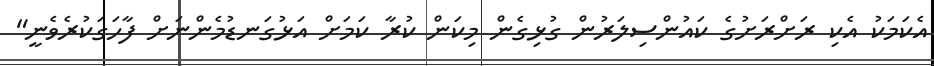
އެކަމަކު އެކި ރަށްރަށުގެ ކައުންސިލަރުން ގުޅިގެން މިކަން ކުރާ ކަމަށް އަޅުގަނޑުމެންނަށް ފާހަގަކުރެވެނީ"